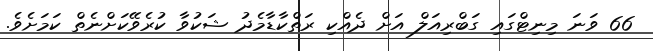
66 ވަނަ މިނިޓްގައި ގަބްރިއަލް އަށް ދެއްކި ރަތްކާޑާމެދު ޝަކުވާ ކުރެވޭކަށްނެތް ކަމަށެވެ.